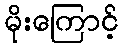
မိုးကြောင့်